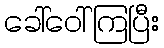
ခေါ်ဝေါ်ကြပြီး